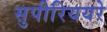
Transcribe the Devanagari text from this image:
सुपीरिययरे